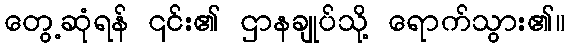
တွေ့ဆုံရန် ၎င်း၏ ဌာနချုပ်သို့ ရောက်သွား၏။